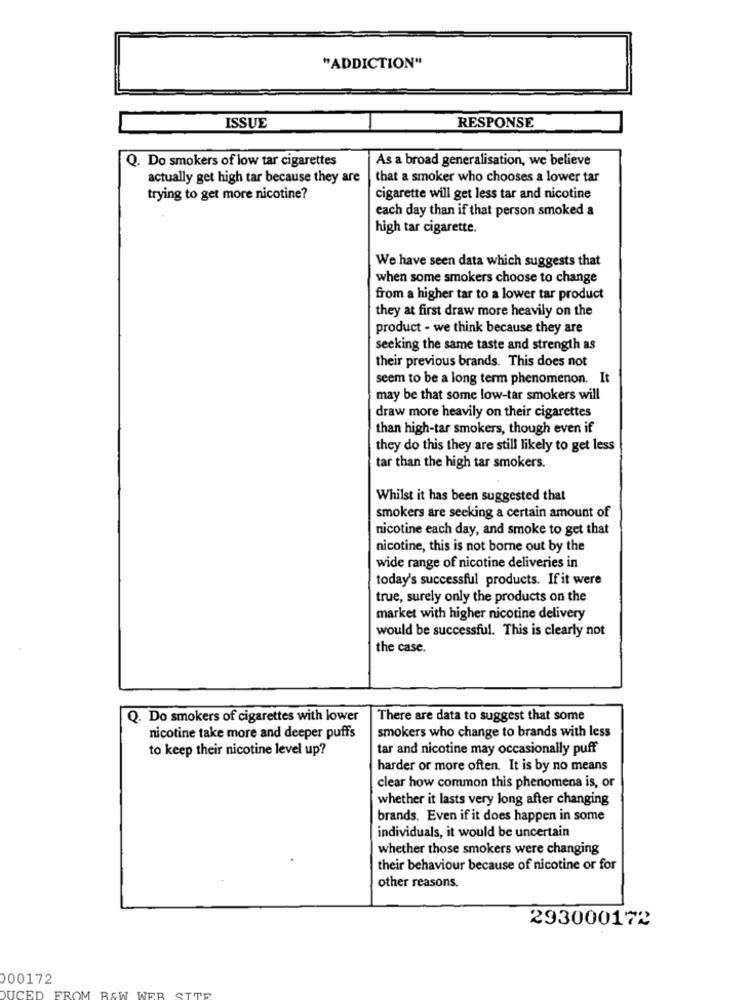
"ADDICTION"
ISSUE
RESPONSE
Q. Do smokers of low tar cigarettes
As a broad generalisation, we believe
actually get high tar because they are
that a smoker who chooses a lower tar
trying to get more nicotine?
cigarette will get less tar and nicotine
each day than if that person smoked a
high tar cigarette.
We have seen data which suggests that
when some smokers choose to change
from a higher tar to a lower tar product
they at first draw more heavily on the
product - we think because they are
seeking the same taste and strength as
their previous brands. This does not
seem to be a long term phenomenon. It
may be that some low-tar smokers will
draw more heavily on their cigarettes
than high-tar smokers, though even if
they do this they are still likely to get less
tar than the high tar smokers.
Whilst it has been suggested that
smokers are seeking a certain amount of
nicotine each day, and smoke to get that
nicotine, this is not borne out by the
wide range of nicotine deliveries in
today's successful products. If it were
true, surely only the products on the
market with higher nicotine delivery
would be successful. This is clearly not
the case.
Q. Do smokers of cigarettes with lower
There are data to suggest that some
smokers who change to brands with less
nicotine take more and deeper puffs
to keep their nicotine level up?
tar and nicotine may occasionally puff
harder or more often. It is by no means
clear how common this phenomena is, or
whether it lasts very long after changing
brands. Even if it does happen in some
individuals, it would be uncertain
whether those smokers were changing
their behaviour because of nicotine or for
other reasons.
293000172
000172
DUCED
FROM RAW WEB SITE